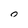
Character: 0